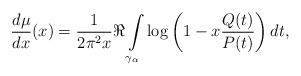
LaTeX: \begin{align*}\frac{d\mu}{dx}(x)=\frac{1}{2\pi^2 x} \Re \int\limits_{\gamma_\alpha} \log\left(1-x\frac{Q(t)}{P(t)}\right)dt,\end{align*}